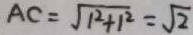
A C = \sqrt { 1 ^ { 2 } + 1 ^ { 2 } } = \sqrt { 2 }